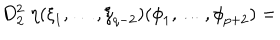
LaTeX: D _ { 2 } ^ { 2 } \; \eta ( { \xi } _ { 1 } , \ldots , { \xi } _ { q - 2 } ) ( { \phi } _ { 1 } , \ldots , { \phi } _ { p + 2 } ) =